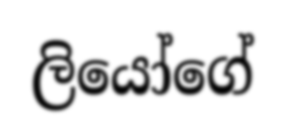
ලියෝගේ